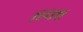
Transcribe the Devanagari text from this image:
व्यिष्ट